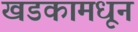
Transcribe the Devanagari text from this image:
खडकामधून